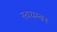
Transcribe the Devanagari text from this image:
स्वयम्बर